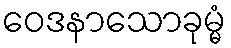
ဝေဒနာသောခုမ္မံ